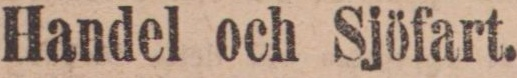
Handel och Sjöfart.